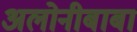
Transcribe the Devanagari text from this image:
अलोनीबाबा